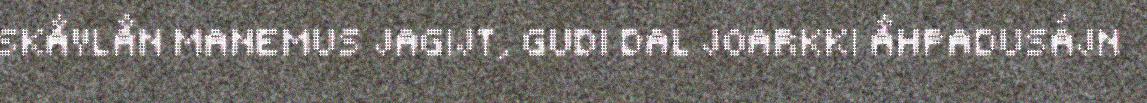
SKÅVLÅN MANEMUS JAGIJT, GUDI DAL JOARKKI ÅHPADUSÁJN